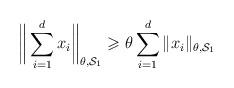
LaTeX: \begin{align*} \bigg\|\sum_{i=1}^d x_i\bigg\|_{\theta,\mathcal{S}_1} \geqslant \theta\sum_{i=1}^d\|x_i\|_{\theta,\mathcal{S}_1} \end{align*}